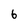
Character: 6